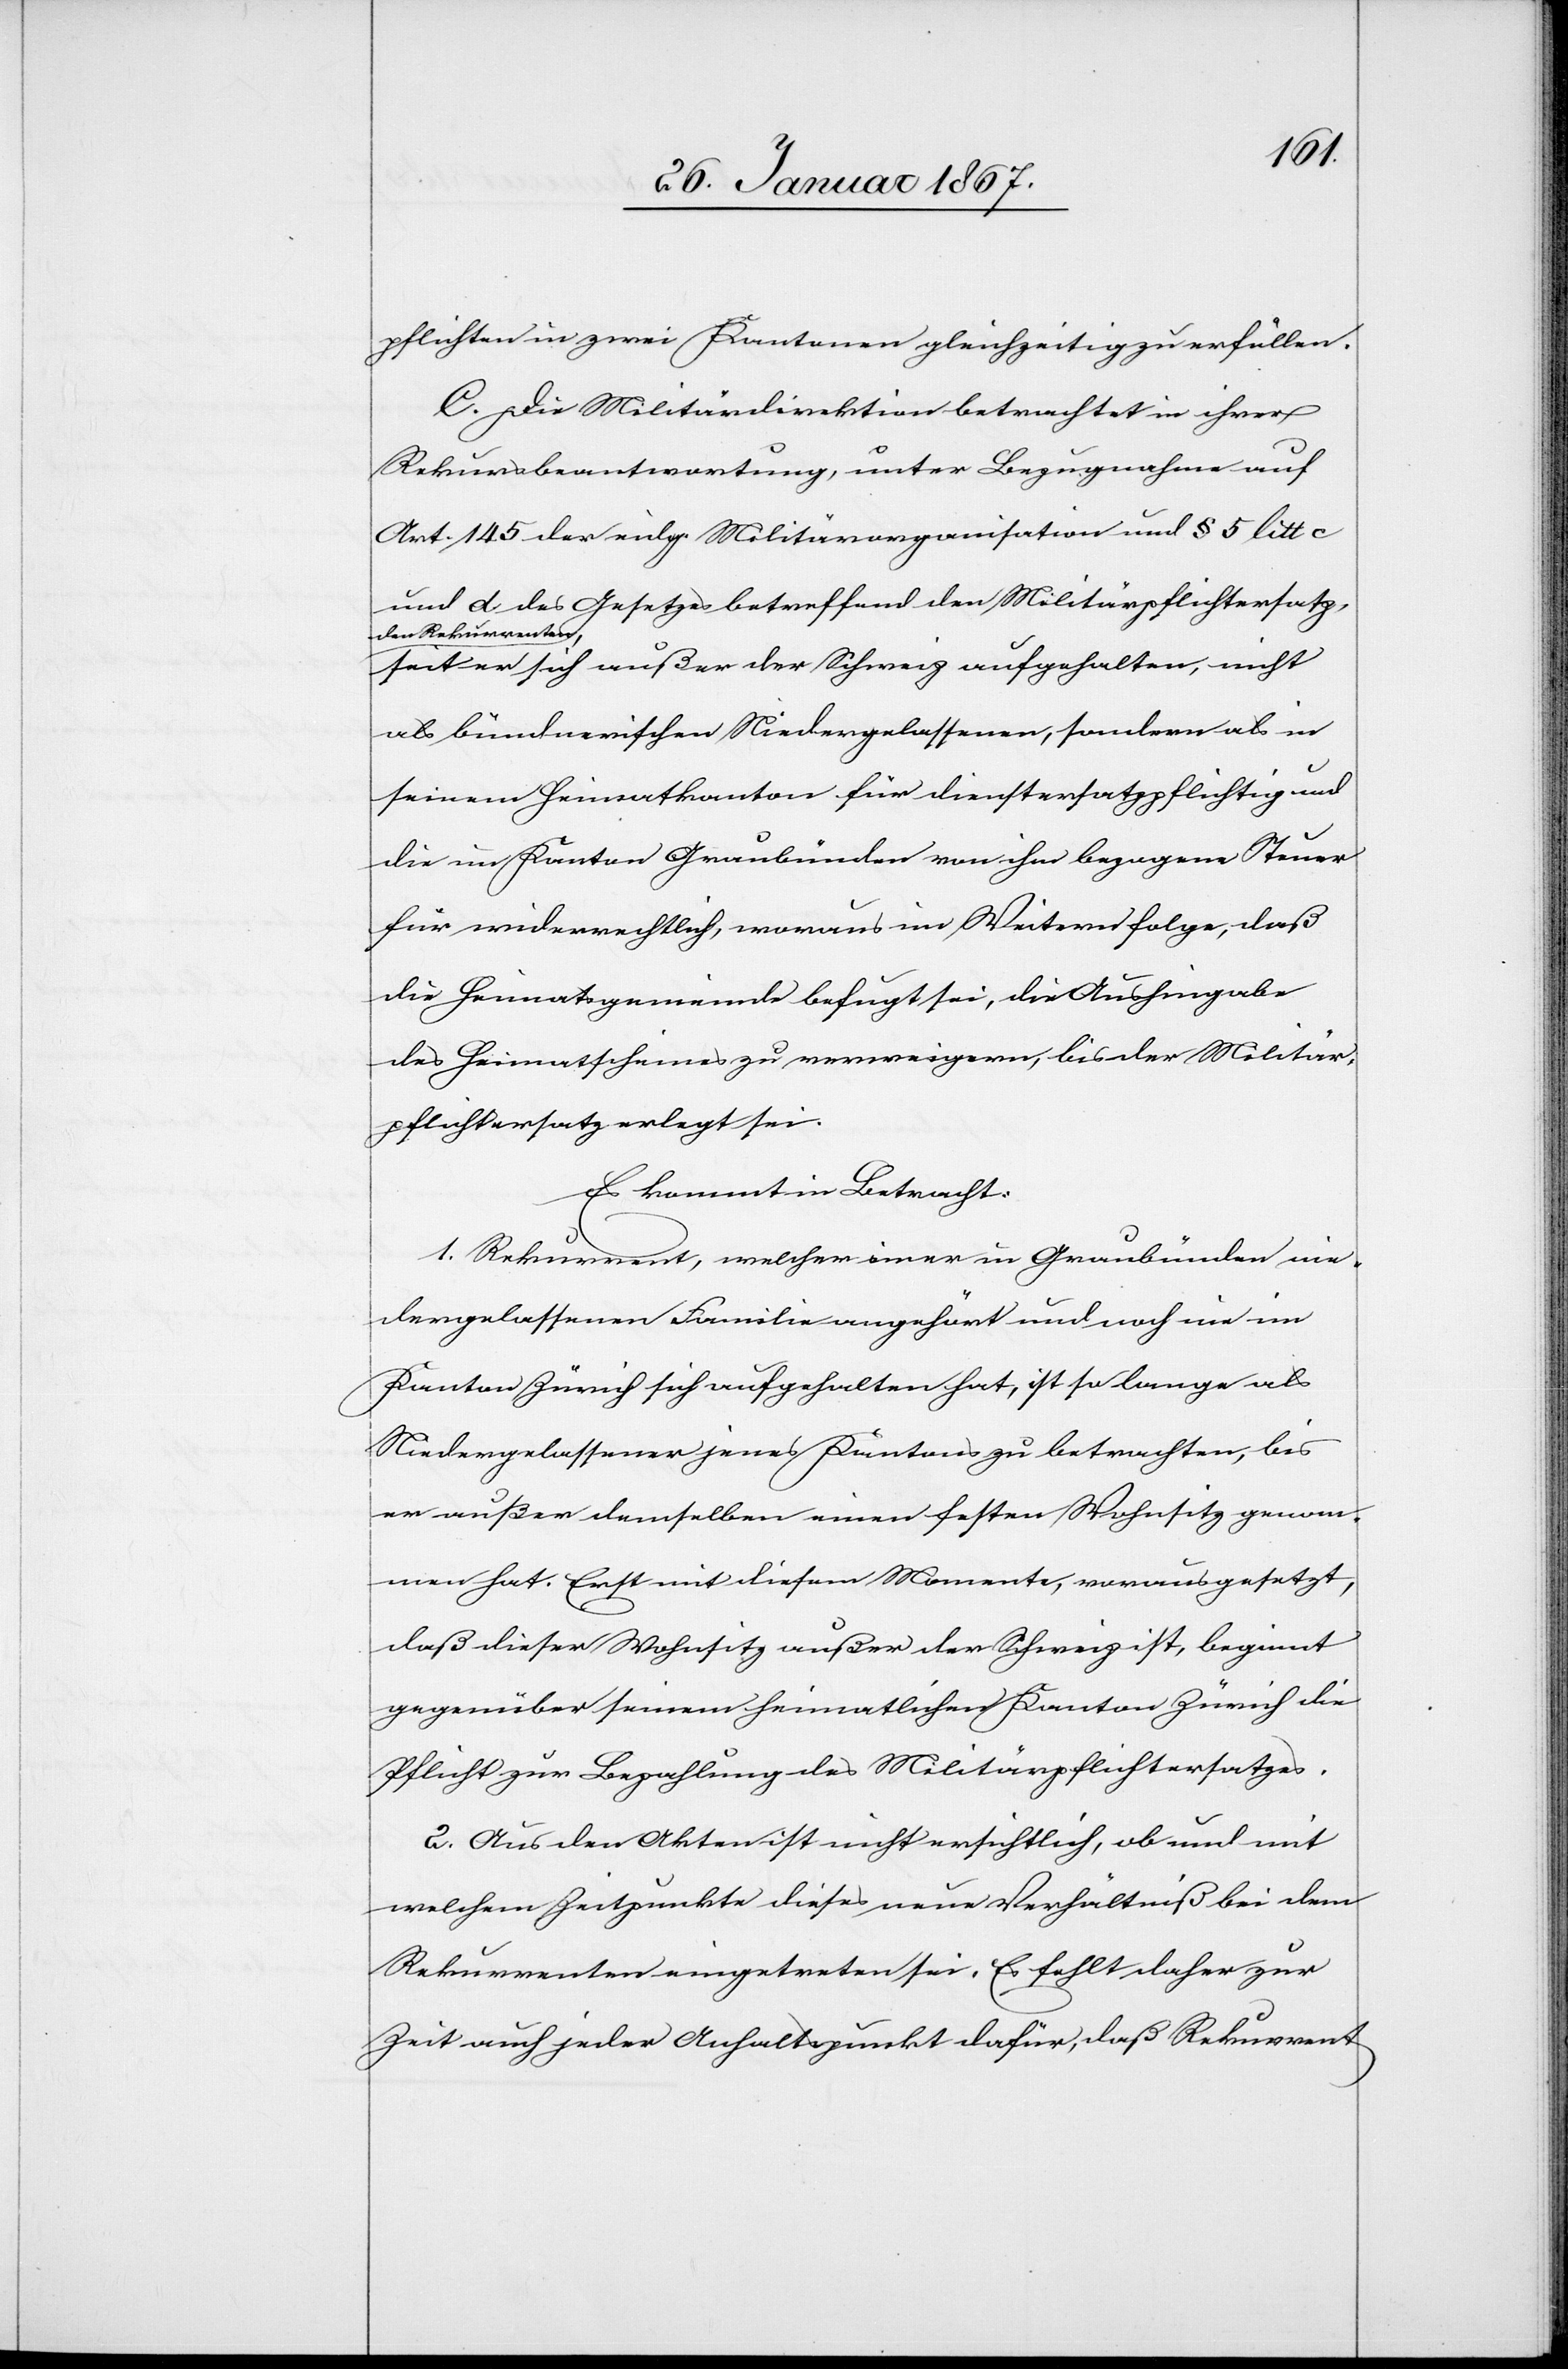
pflichten in zwei Kantonen gleichzeitig zu erfüllen.
C. Die Militärdirektion betrachtet in ihrer
Rekursbeantwortung, unter Bezugnahme auf
Art. 145 der eidg. Militärorganisation und § 5 litt c
und d des Gesetzes betreffend den Militärpflichtersatz
den Rekurrenten
seit er sich außer der Schweiz aufgehalten, nicht
als bündnerischen Niedergelassenen, sondern als in
seinem Heimatkanton für dienstersatzpflichtig und
die im Kanton Graubünden von ihm bezogene Steuer
für widerrechtlich, woraus im Weitern folge, daß
die Heimatsgemeinde befugt sei, die Aushingabe
des Heimatscheines zu verweigern, bis der Militär¬
pflichtersatz erlegt sei.
Es kommt in Betracht:
1. Rekurrent, welcher einer in Graubünden nie¬
dergelassenen Familie angehört und noch nie im
Kanton Zürich sich aufgehalten hat, ist so lange als
Niedergelassener jenes Kantons zu betrachten, bis
er außer demselben einen festen Wohnsitz genom¬
men hat. Erst mit diesem Momente, vorausgesetzt,
daß dieser Wohnsitz außer der Schweiz ist, beginnt
gegenüber seinem heimatlichen Kanton Zürich die
Pflicht zur Bezahlung des Militärpflichtersatzes.
2. Aus den Akten ist nicht ersichtlich, ob und mit
welchem Zeitpunkte dieses neue Verhältniß bei dem
Rekurrenten eingetreten sei. Es fehlt daher zur
Zeit auch jeder Anhaltspunkt dafür, daß Rekurrent